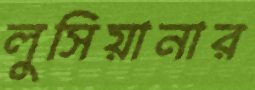
লুসিয়ানার